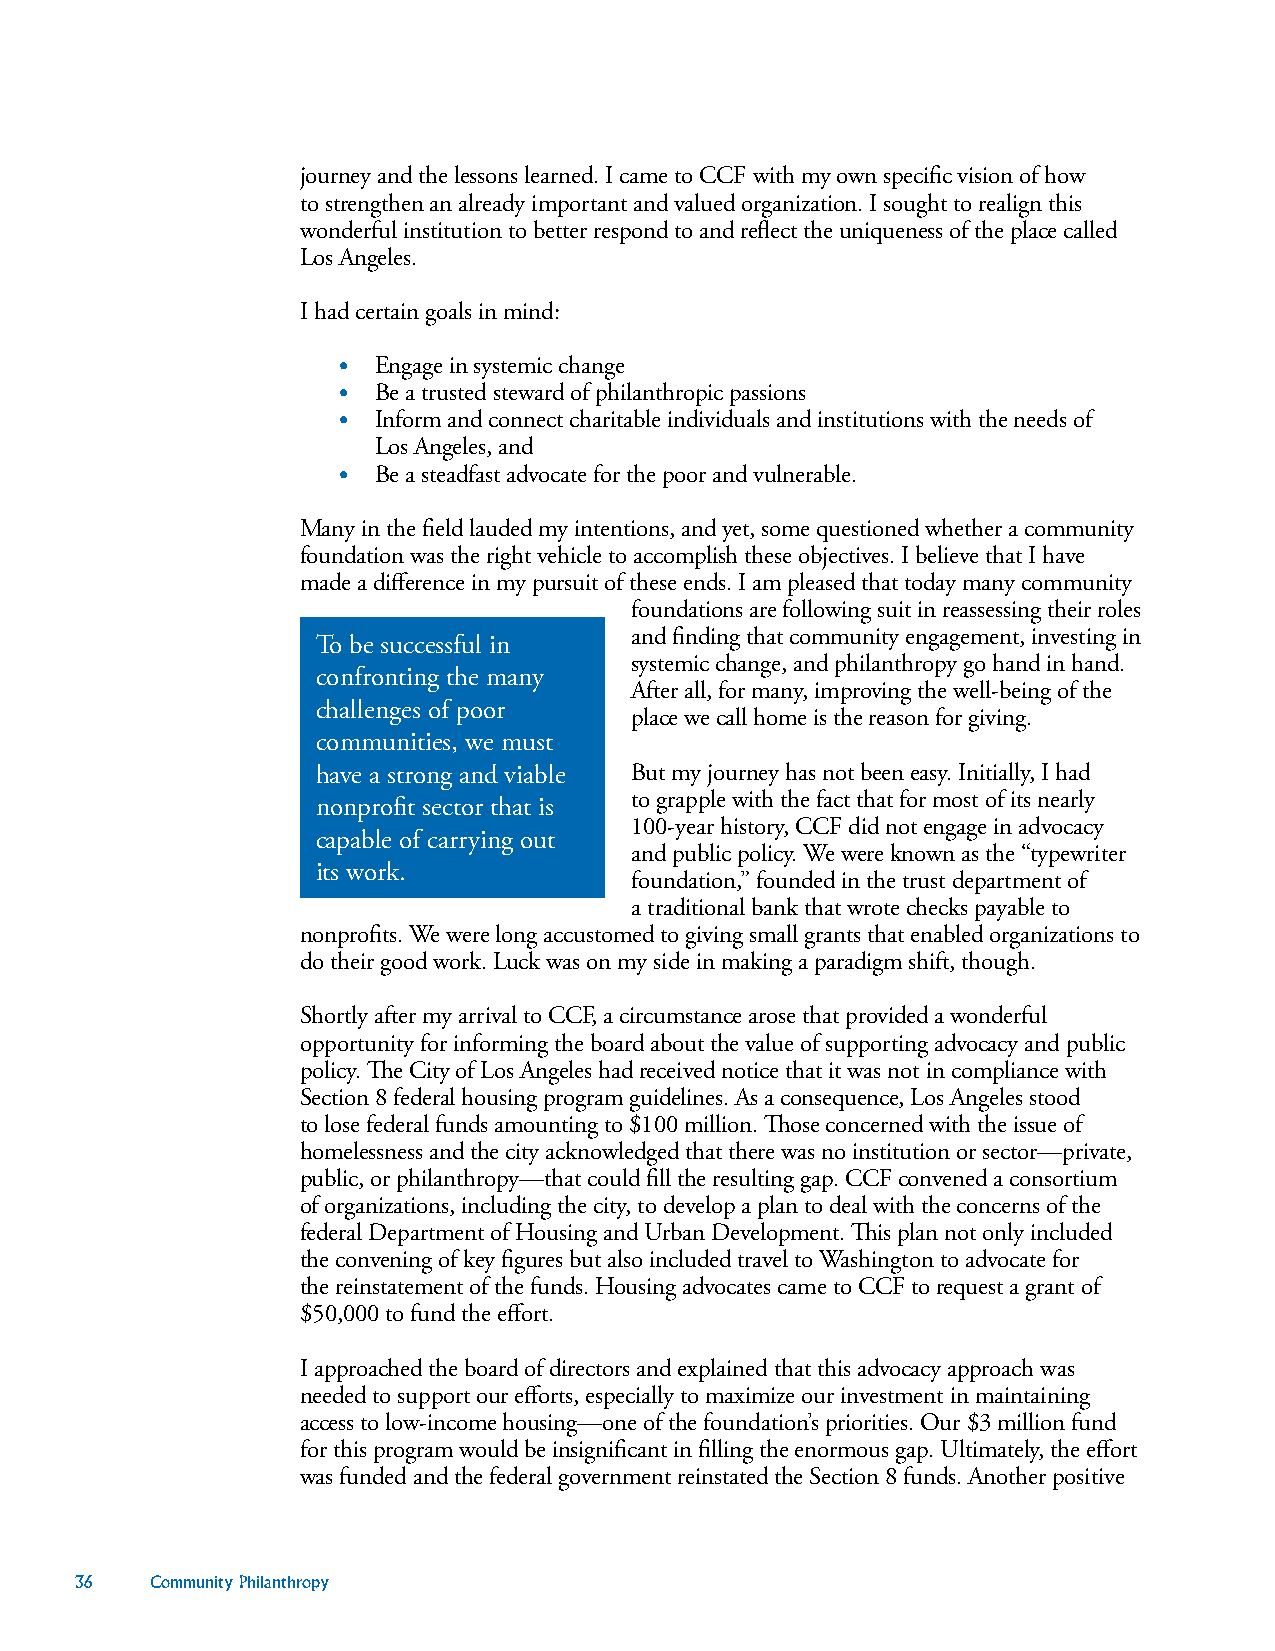
journey and the lessons learned. I came to CCF with my own specific vision of how
 to strengthen an already important and valued organization. I sought to realign this
 wonderful institution to better respond to and reflect the uniqueness of the place called
 Los Angeles.
 I had certain goals in mind:
 •  Engage in systemic change
 •  Be a trusted steward of philanthropic passions
 •  Inform and connect charitable individuals and institutions with the needs of
 Los Angeles, and
 •  Be a steadfast advocate for the poor and vulnerable.
 Many in the field lauded my intentions, and yet, some questioned whether a community
 foundation was the right vehicle to accomplish these objectives. I believe that I have
 made a difference in my pursuit of these ends. I am pleased that today many community
 foundations are following suit in reassessing their roles
 and finding that community engagement, investing in
 To be successful in
 systemic change, and philanthropy go hand in hand.
 confronting the many
 After all, for many, improving the well-being of the
 challenges of poor
 place we call home is the reason for giving.
 communities, we must
 have a strong and viable But my journey has not been easy. Initially, I had
 to grapple with the fact that for most of its nearly
 nonprofit sector that is
 100-year history, CCF did not engage in advocacy
 capable of carrying out
 and public policy. We were known as the “typewriter
 its work.
 foundation,” founded in the trust department of
 a traditional bank that wrote checks payable to
 nonprofits. We were long accustomed to giving small grants that enabled organizations to
 do their good work. Luck was on my side in making a paradigm shift, though.
 Shortly after my arrival to CCF, a circumstance arose that provided a wonderful
 opportunity for informing the board about the value of supporting advocacy and public
 policy. The City of Los Angeles had received notice that it was not in compliance with
 Section 8 federal housing program guidelines. As a consequence, Los Angeles stood
 to lose federal funds amounting to $100 million. Those concerned with the issue of
 homelessness and the city acknowledged that there was no institution or sector—private,
 public, or philanthropy—that could fill the resulting gap. CCF convened a consortium
 of organizations, including the city, to develop a plan to deal with the concerns of the
 federal Department of Housing and Urban Development. This plan not only included
 the convening of key figures but also included travel to Washington to advocate for
 the reinstatement of the funds. Housing advocates came to CCF to request a grant of
 $50,000 to fund the effort.
 I approached the board of directors and explained that this advocacy approach was
 needed to support our efforts, especially to maximize our investment in maintaining
 access to low-income housing—one of the foundation’s priorities. Our $3 million fund
 for this program would be insignificant in filling the enormous gap. Ultimately, the effort
 was funded and the federal government reinstated the Section 8 funds. Another positive
 36   Community Philanthropy